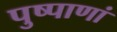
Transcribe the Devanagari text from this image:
पुष्पाणां